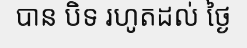
បាន បិទ រហូតដល់ ថ្ងៃ